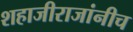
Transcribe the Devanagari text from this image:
शहाजीराजांनीच